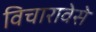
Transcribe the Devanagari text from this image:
विचारावेसे